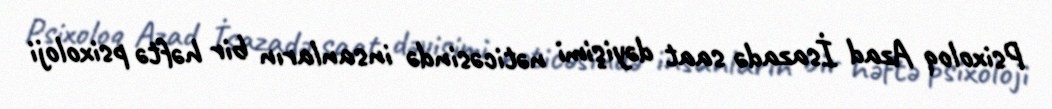
Psixoloq Azad İsazadə saat dəyişimi nəticəsində insanların bir həftə psixoloji